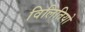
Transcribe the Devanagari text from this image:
विलितियो